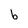
Character: b